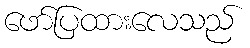
ဖော်ပြထားလေသည်